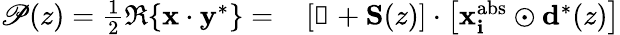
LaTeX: \begin{array}{rl}{\mathscr{P}(z)=\frac{1}{2}\Re\{ \mathbf{x}\cdot\mathbf{y}^{*}\} =}&{{}\left[\mathbb{1}+\mathbf{S}(z)\right]\cdot\left[\mathbf{x_{i}^{\textrm{abs}}}\odot\mathbf{d}^{*}(z)\right]}\end{array}